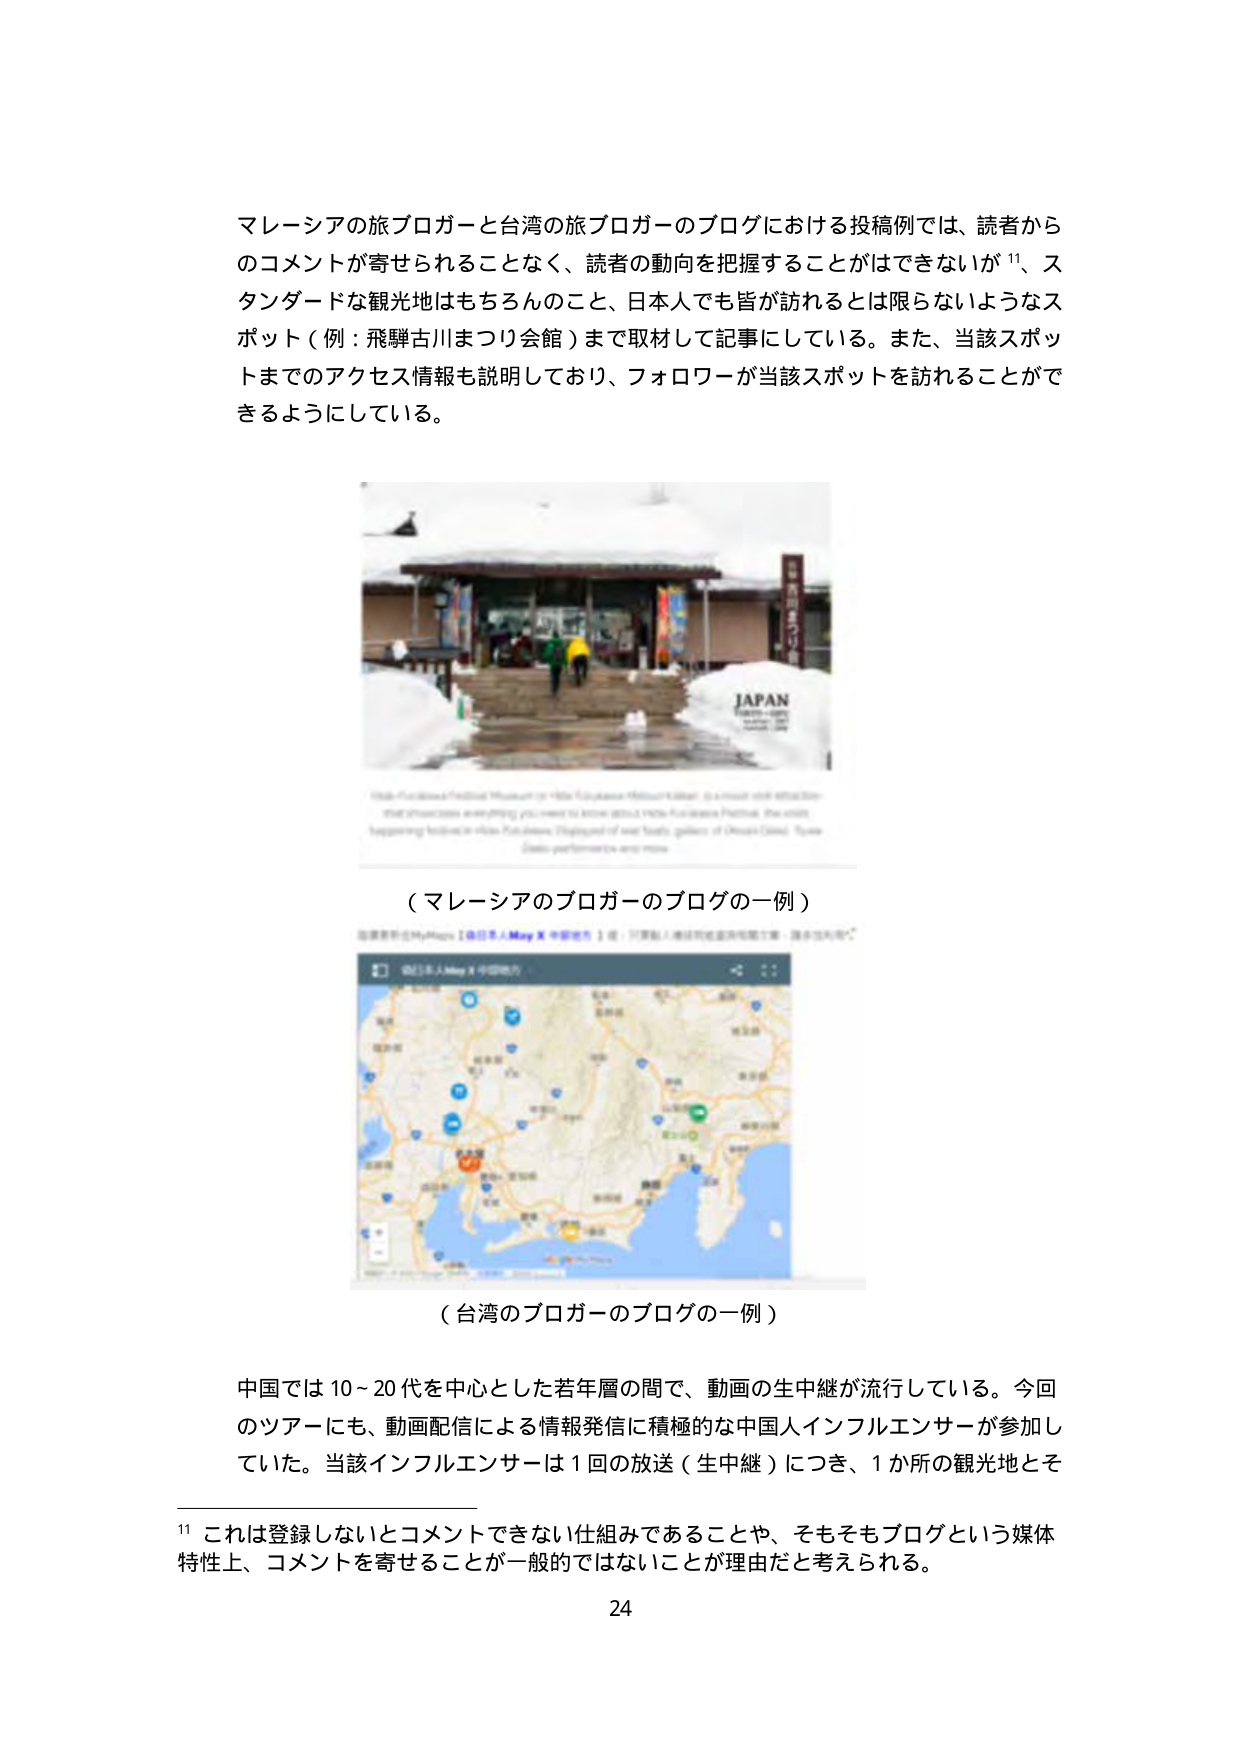
マレーシアの旅ブロガーと台湾の旅ブロガーのブログにおける投稿例では、読者からのコメントが寄せられることなく、読者の動向を把握することはできないが¹¹、スタンダードな観光地はもちろんのこと、日本人でも皆が訪れるとは限らないようなスポット（例：飛騨古川まつり会館）まで取材して記事にしている。また、当該スポットまでのアクセス情報も説明しており、フォロワーが当該スポットを訪れることが可能るようにしている。

（マレーシアのブロガーのブログの一例）

（台湾のブロガーのブログの一例）

中国では10～20代を中心とした若年層の間で、動画の生中継が流行している。今回のツアーにも、動画配信による情報発信に積極的な中国人インフルエンサーが参加していた。当該インフルエンサーは1回の放送（生中継）につき、1か所の観光地とそ

¹¹ これは登録しないとコメントできない仕組みであることや、そもそもブログという媒体特性上、コメントを寄せることが一般的ではないことが理由だと考えられる。

24